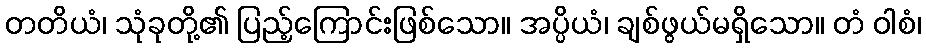
တတိယံ၊ သုံခုတို့၏ ပြည့်ကြောင်းဖြစ်သော။ အပ္ပိယံ၊ ချစ်ဖွယ်မရှိသော။ တံ ဝါစံ၊